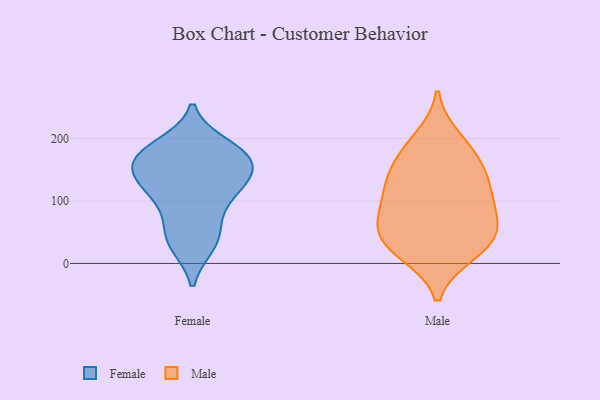
{"axis": {"x": "Energy Usage (MWh)", "y": "Value"}, "legend": ["Female", "Male"], "data": [{"x": "", "y": 31, "type": "Female"}, {"x": "", "y": 175, "type": "Female"}, {"x": "", "y": 132, "type": "Female"}, {"x": "", "y": 114, "type": "Female"}, {"x": "", "y": 179, "type": "Female"}, {"x": "", "y": 48, "type": "Female"}, {"x": "", "y": 140, "type": "Female"}, {"x": "", "y": 131, "type": "Female"}, {"x": "", "y": 112, "type": "Female"}, {"x": "", "y": 77, "type": "Female"}, {"x": "", "y": 165, "type": "Female"}, {"x": "", "y": 32, "type": "Female"}, {"x": "", "y": 188, "type": "Female"}, {"x": "", "y": 164, "type": "Female"}, {"x": "", "y": 170, "type": "Female"}, {"x": "", "y": 108, "type": "Male"}, {"x": "", "y": 145, "type": "Male"}, {"x": "", "y": 20, "type": "Male"}, {"x": "", "y": 71, "type": "Male"}, {"x": "", "y": 118, "type": "Male"}, {"x": "", "y": 63, "type": "Male"}, {"x": "", "y": 180, "type": "Male"}, {"x": "", "y": 37, "type": "Male"}, {"x": "", "y": 69, "type": "Male"}, {"x": "", "y": 200, "type": "Male"}, {"x": "", "y": 39, "type": "Male"}, {"x": "", "y": 161, "type": "Male"}, {"x": "", "y": 121, "type": "Male"}, {"x": "", "y": 16, "type": "Male"}]}